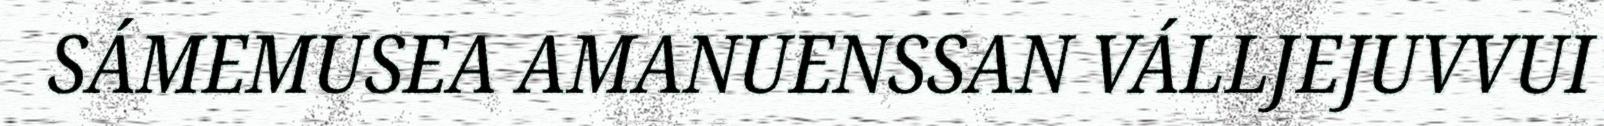
SÁMEMUSEA AMANUENSSAN VÁLLJEJUVVUI